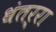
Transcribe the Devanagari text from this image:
धंतर्रा